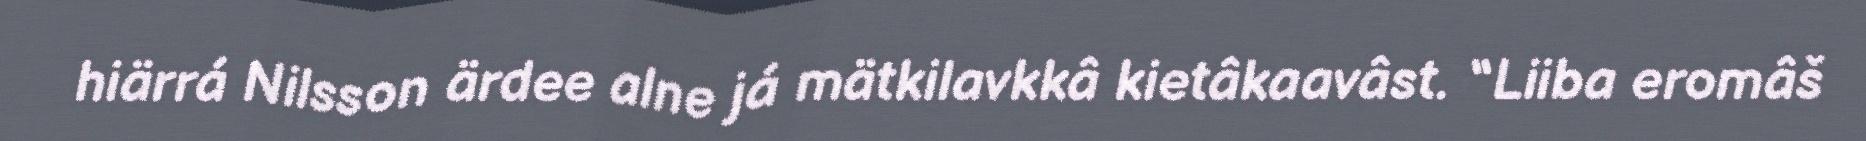
hiärrá Nilsson ärdee alne já mätkilavkkâ kietâkaavâst. “Liiba eromâš